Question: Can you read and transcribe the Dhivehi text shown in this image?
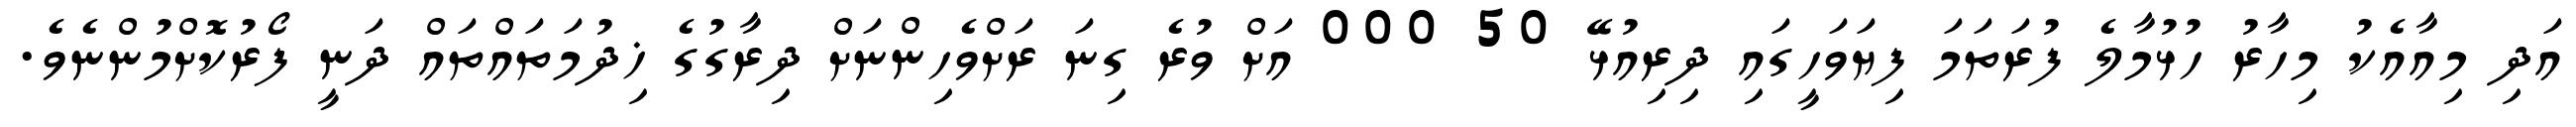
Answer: އަދި މިއާއެކު މިހާރު ހުޅުމާލެ ފުރަތަމަ ފިޔަވަހީގައި ދިރިއުޅޭ 50 000 އަށް ވުރެ ގިނަ ރަށްވެހިންނަށް ދިރާގުގެ ޚިދުމަތައްތައް ދަނީ ފޯރުކޮށްމުންނެވެ.